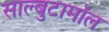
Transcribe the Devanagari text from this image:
साल्बुटामॉल